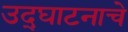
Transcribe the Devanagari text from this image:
उद्‌घाटनाचे